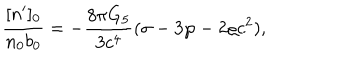
LaTeX: { \frac { [ n ^ { \prime } ] _ { 0 } } { n _ { 0 } b _ { 0 } } } = - { \frac { 8 \pi G _ { 5 } } { 3 c ^ { 4 } } } ( \sigma - 3 \wp - 2 \varrho c ^ { 2 } ) ,